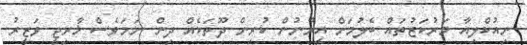
ނިއުކްލިއާ މަރުކަޒުތައް ބެލުމަށް އީރާނުން ކުރިން ދޫތަކެއް ދިން ނަމަވެސް ޚާރިޖީ ވަޒީރު